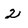
Character: 2